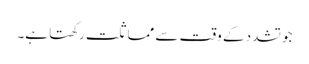
جو تشدد کے وقت سے مماثلت رکھتا ہے۔